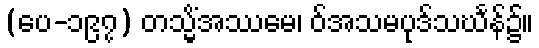
(ပေ-၁၉၇) တသ္မိံအဿမေ၊ ဝ်အသမပုဒ်သင်္ဃန်၌။